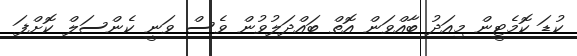
ކުޑަ ކޮމެޓީން މިއަދު ބާއްވަން އޮތް ބައްދަލުވުން ވެސް ވަނީ ކެންސަލް ކޮށްފަ